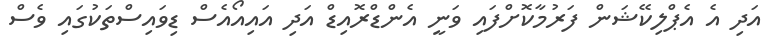
އަދި އެ އެޕްލިކޭޝަން ފަރުމާކޮށްފައި ވަނީ އެންޑްރޮއިޑް އަދި އައިއޯއެސް ޑިވައިސްތަކުގައި ވެސް